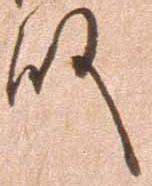
殿